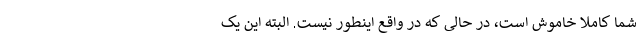
شما کاملاً خاموش است، در حالی که در واقع اینطور نیست. البته این یک